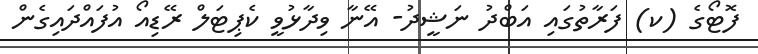
ފޮޓޯގެ (ކ) ފަރާތުގައި އަބްދު ނަޝީދު- އޭނާ ވިދާޅުވީ ކެޕިޓަލް ރޭޑިއޯ އުފައްދައިގެން